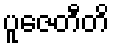
ပူဇေတီတိ